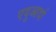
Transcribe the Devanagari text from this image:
एदुआर्दा